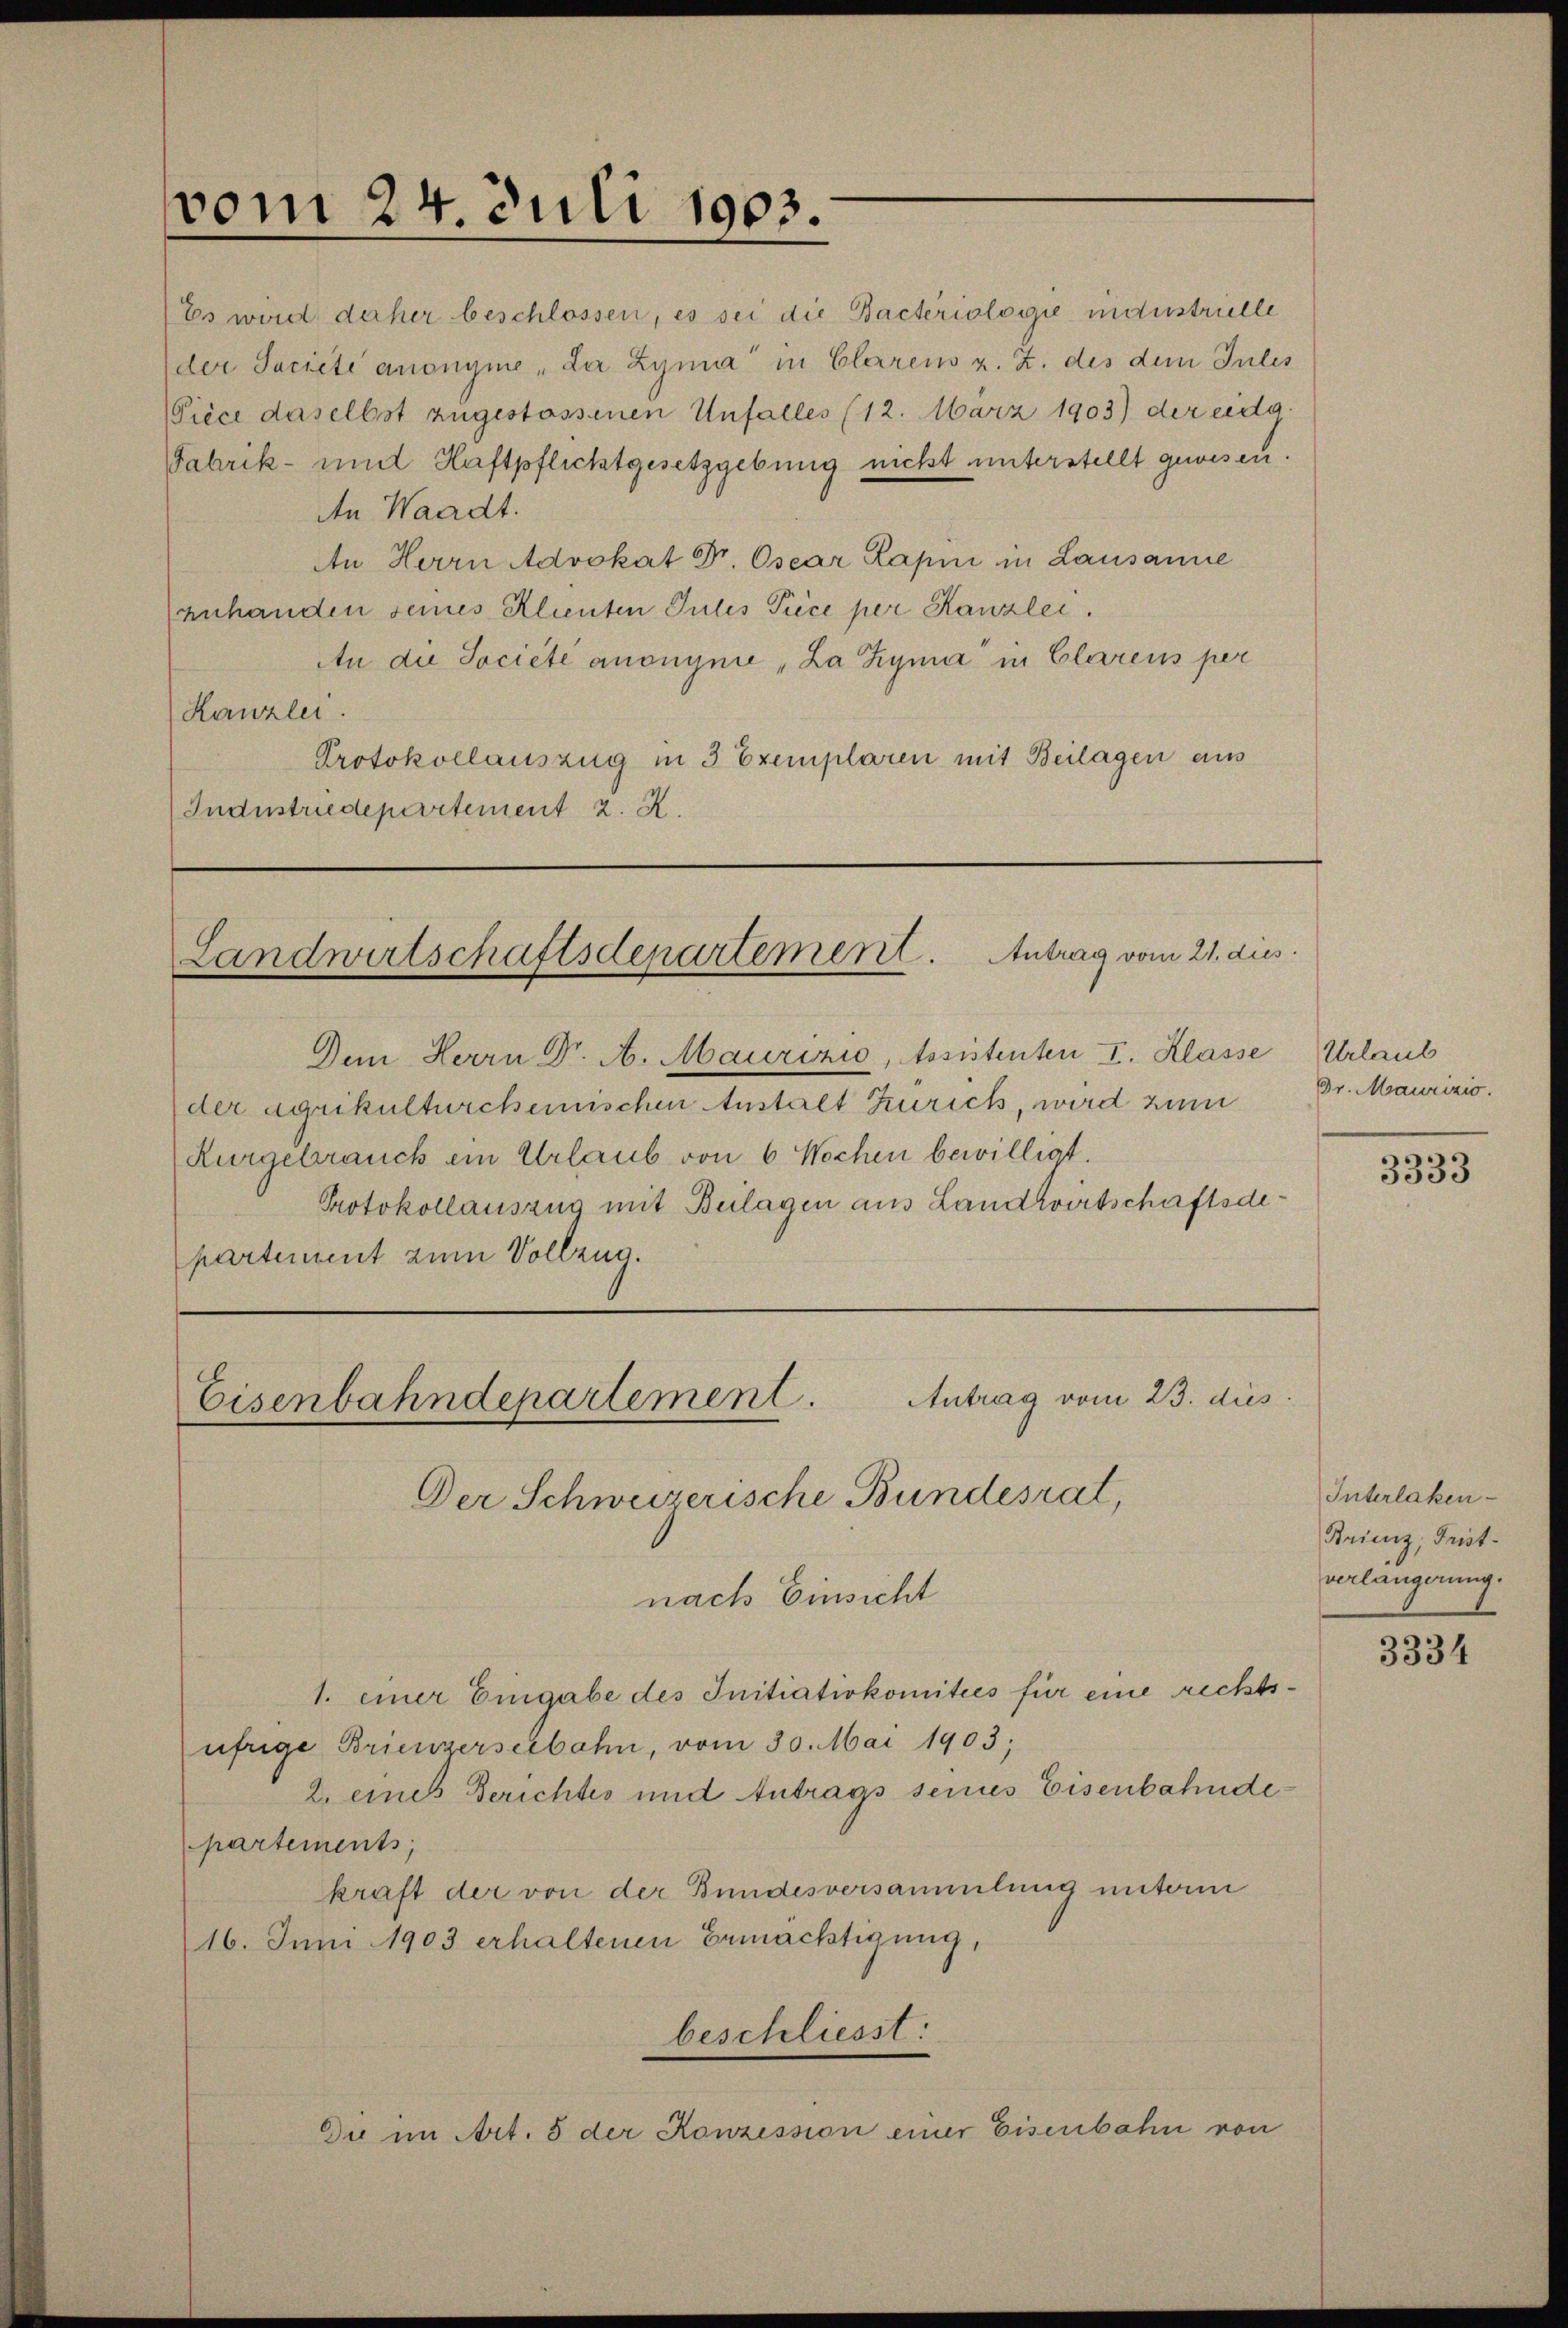
vom 24. Juli 1903.

Es wird daher beschlossen, es sei die Bacteriologie unanstrielle
(der Societe anonyme „La Zymi“ in Clarens z. Z. des dem Jules
Piece daselbst zugestassenen Unfalles (12. März 1903) der eidg.
Fabrik- und Haftpflichtgesetzgebung nicht unterstellt gewesen.
An Waadt.
An Herrn Advokat Dr. Osear Lapni in Lausanne
anhanden seines Klienten Julis Piece per Kanzlei.
An die Société anongnie „La Kyna in Clarens per
Kanzlei
Protokollauszug in 3 Exemplaren mit Beilagen aus
Industriedepartement z. B.

Landwirtschaftsdepartement. Antrag vom 21. dus.

Dem Herrn Dr. A. Maurizio, Assistenten I. Klasse
der agrikulturcherischen Anstalt Zürich, wird zum
Rurgebrauch ein Urlaub von 6 Wochen bewilligt.
Protokollauszug mit Beilagen aus Landwirtschaftsdepartement zum Vollzug.

Eisenbahndepartement. Antrag vom 23. dies
Der Schweizerische Bundesrat,

nach Einsicht
1. einer Eingabe des Initiativkomitees für eine rechtsufrige Brienzerseebahn, vom 30. Mai 1903;
2. eines Berichtes und Antrags seines Eisenbahndepartements,
kraft der von der Bundesversammlung unterm
16. Juni 1903 erhaltenen Ermächtigung,
beschliesst:
Die im Art. 5 der Konzession einer Eisenbahn von

Urlaub
Dr. Mairizio.

3333

Interlaken¬
Brienz, Fristverlangerung.

3334